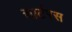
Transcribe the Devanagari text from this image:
चार्टरस